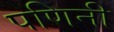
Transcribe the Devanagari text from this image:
पणिनी